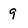
Character: 9